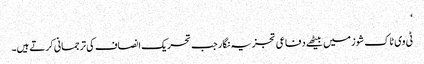
‘
ٹی وی ٹاک شوز میں بیٹھے دفاعی تجزیہ نگار جب تحریک انصاف کی ترجمانی کرتے ہیں۔